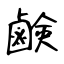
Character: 鹸